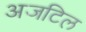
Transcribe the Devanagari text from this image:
अजटिल